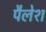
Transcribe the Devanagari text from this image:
पैलेश